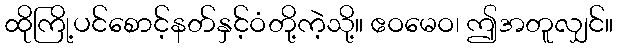
ထိုကြို့ပင်စောင့်နတ်နှင့်ဝံတို့ကဲ့သို့။ ဧဝမေဝ၊ ဤအတူလျှင်။